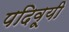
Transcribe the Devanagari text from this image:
पदिवूयी